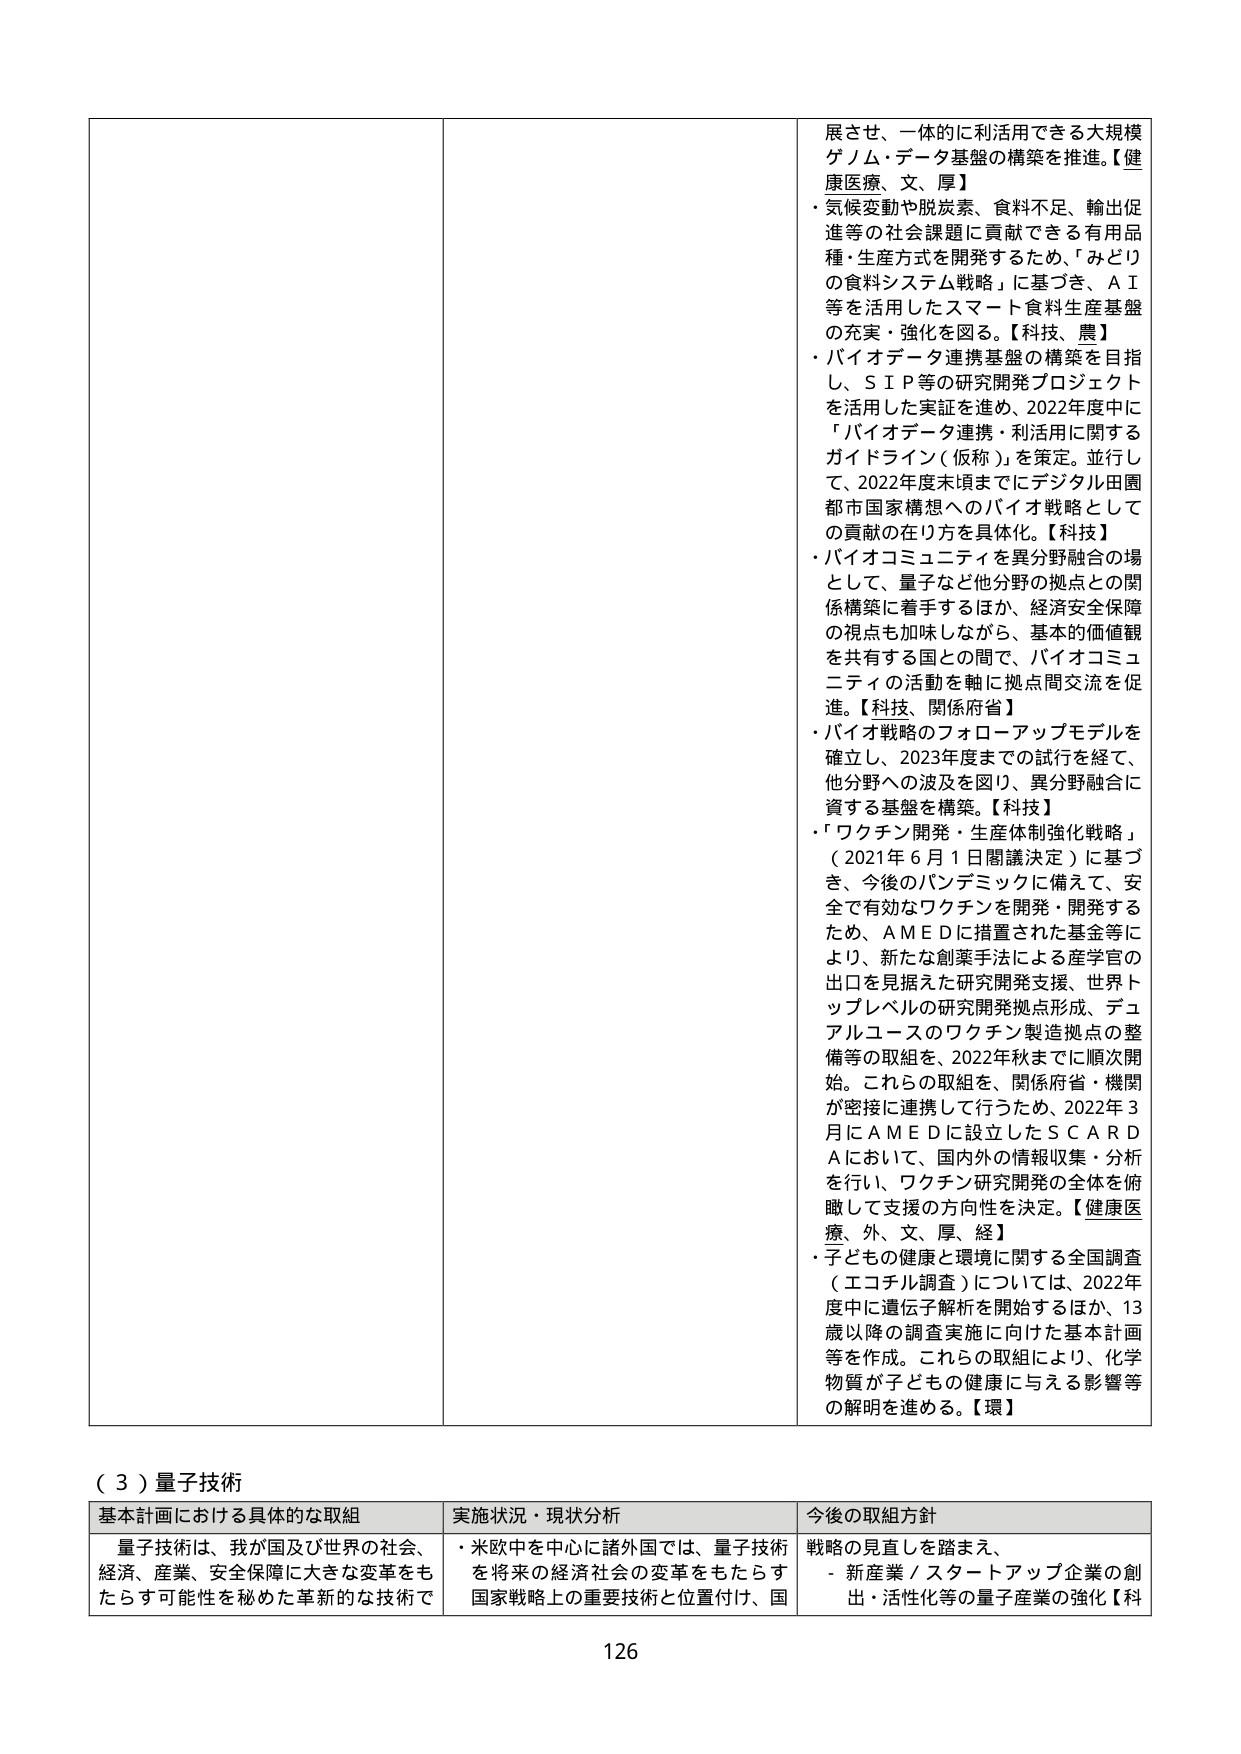
展せ、一体的に利活用できる大規模ゲノム・データ基盤の構築を推進。【健康医療、文、厚】
・気候変動や脱炭素、食料不足、輸出促進等の社会課題に貢献できる有用品種・生産方式を開発するため、「みどりの食料システム戦略」に基づき、ＡＩ等を活用したスマート食料生産基盤の充実・強化を図る。【科技、農】
・バイオデータ連携基盤の構築を目指し、ＳＩＰ等の研究開発プロジェクトを活用した実証を進め、2022年度中に「バイオデータ連携・利活用に関するガイドライン（仮称）」を策定。並行して、2022年度末頃までにデジタル田園都市国家構想へのバイオ戦略としての貢献の在り方を具体化。【科技】
・バイオコミュニティを異分野融合の場として、量子など他分野の拠点との関係構築に着手するほか、経済安全保障の視点も加味しながら、基本的価値観を共有する国との間で、バイオコミュニティの活動を軸に拠点間交流を促進。【科技、関係府省】
・バイオ戦略のフォローアップモデルを確立し、2023年度までの試行を経て、他分野への波及を図り、異分野融合に資する基盤を構築。【科技】
・「ワクチン開発・生産体制強化戦略」（2021年6月1日閣議決定）に基づき、今後のパンデミックに備えて、安全で有効なワクチンを開発・開発するため、ＡＭＥＤに措置された基金等により、新たな創薬手法による産学官の出口を見据えた研究開発支援、世界トップレベルの研究開発拠点形成、デュアルユースのワクチン製造拠点の整備等の取組を、2022年秋までに順次開始。これらの取組と、関係府省・機関が密接に連携して行うため、2022年3月にＡＭＥＤに設立したＳＣＡＲＤＡにおいて、国内外の情報収集・分析を行い、ワクチン研究開発の全体を俯瞰して支援の方向性を決定。【健康医療、外、文、厚、経】
・子どもの健康と環境に関する全国調査（エコチル調査）については、2022年度中に遺伝子解析を開始するほか、13歳以降の調査実施に向けた基本計画等を作成。これらの取組により、化学物質が子どもの健康に与える影響等の解明を進める。【環】

（３）量子技術
基本計画における具体的な取組　　実施状況・現状分析　　今後の取組方針
量子技術は、我が国及び世界の社会、経済、産業、安全保障に大きな変革をもたらす可能性を秘めた革新的な技術で　　・米欧中を中心に諸外国では、量子技術を将来の経済社会の変革をもたらす国家戦略上の重要技術と位置付け、国　　戦略の見直しを踏まえ、
- 新産業／スタートアップ企業の創出・活性化等の量子産業の強化【科

126